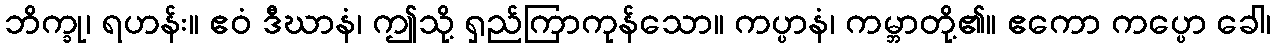
ဘိက္ခု၊ ရဟန်း။ ဧဝံ ဒီဃာနံ၊ ဤသို့ ရှည်ကြာကုန်သော။ ကပ္ပာနံ၊ ကမ္ဘာတို့၏။ ဧကော ကပ္ပော ခေါ၊